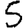
Digit: 5